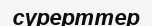
сурерттер